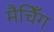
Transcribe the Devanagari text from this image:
मैचिँग